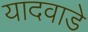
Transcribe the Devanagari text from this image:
यादवाडे